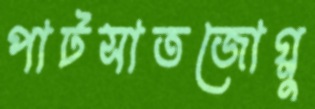
পাটসাতজোগ্লু